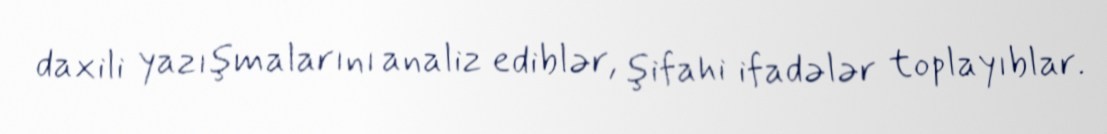
daxili yazışmalarını analiz ediblər, şifahi ifadələr toplayıblar.